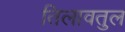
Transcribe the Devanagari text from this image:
तिलावतुल